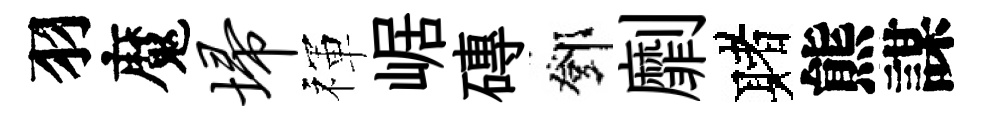
羽魔埽禈崌磚鄧劘赌熊謀